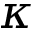
\kappa